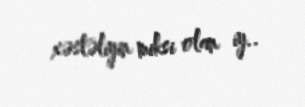
xəstəliyin miksi olan iy..